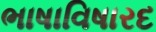
ભાષાવિષારદ